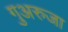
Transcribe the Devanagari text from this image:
गुअरुजा